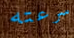
سرعته